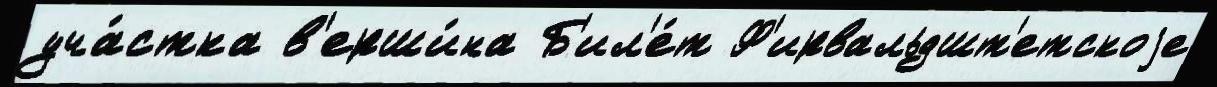
уча́стка в'ерши́на Б'ил'е́т Ф'ирвальдшт'етскоjе